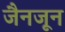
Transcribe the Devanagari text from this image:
जैनजून